Scottish Certificate of Education, 1963
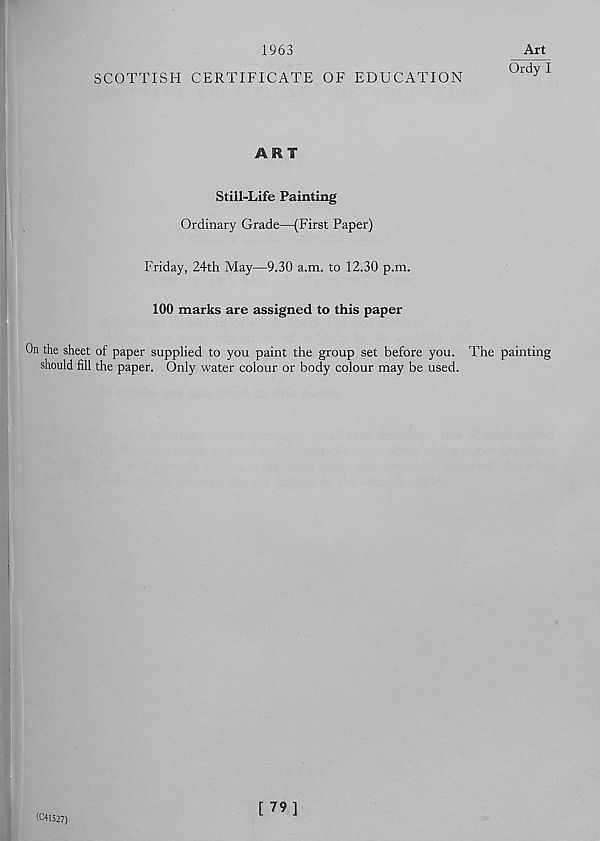
1963
Art
Ordy”!
SCOTTISH CERTIFICATE OF EDUCATION
ART
Still-Life Painting
Ordinary Grade—(First Paper)
Friday, 24th May—9.30 a.m. to 12.30 p.m.
100 marks are assigned to this paper
On the sheet of paper supplied to you paint the group set before you.
should fill the paper. Only water colour or body colour may be used.
The painting
(C41527)
[ 79]